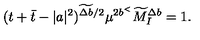
( t + \bar { t } - | a | ^ { 2 } ) ^ { \widetilde { \Delta b } / 2 } \mu ^ { 2 b ^ { < } } \widetilde { M } _ { I } ^ { \Delta b } = 1 .